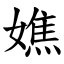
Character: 嫶